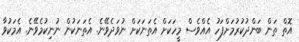
އޮތް ތަން ބަންދުކުރުމަށްފަހު އެއްވެސް މީހަކަށް އެތަނަކަށް ނުވަދެވޭނެ. އެތަނަކުން ނުނިކުމެވޭނެ. އެމަކުވާ